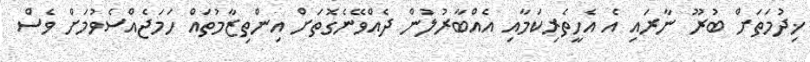
ޚިދުމަތަށް ބުރޫ ނާރައި އެ އެހީތެރިކަމާއި އެއްބާރުލުން ދެއްވޭނެގޮތަށް އިންތިޒާމުތައް ހަމަޖެއްސެވުމަށް ވެސް